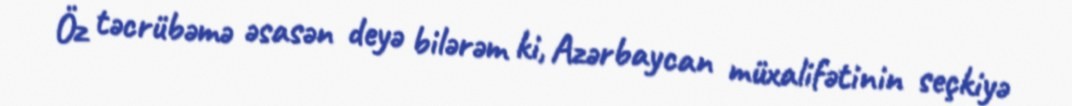
Öz təcrübəmə əsasən deyə bilərəm ki, Azərbaycan müxalifətinin seçkiyə